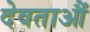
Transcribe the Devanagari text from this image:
देवताऔं